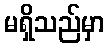
မရှိသည်မှာ